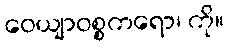
ဝေယျာဝစ္စကရော၊ ကို။